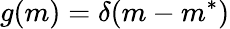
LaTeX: g(m)=\delta(m-m^{*})